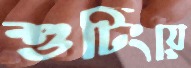
শুটিংয়ে